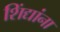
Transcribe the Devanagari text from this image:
शिंद्यांना